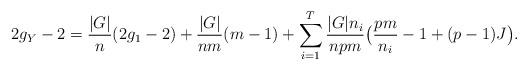
LaTeX: \begin{align*} 2g_Y - 2 = \frac{|G|}{n} (2g_1 -2) + \frac{|G|}{nm}(m-1) + \sum_{i=1}^T \frac{|G|n_i}{npm}\bigl(\frac{pm}{n_i} -1 + (p-1)J\bigr).\end{align*}